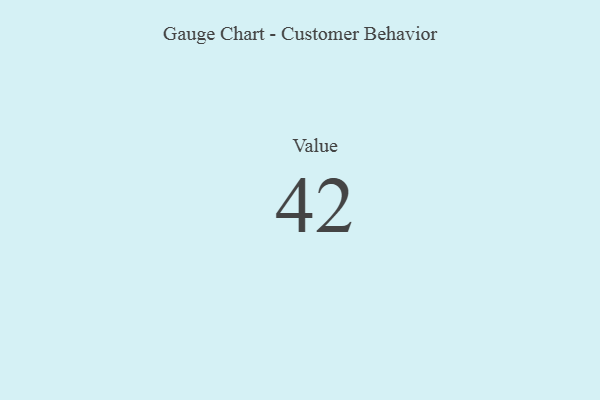
{"axis": {"x": "Metric", "y": "Value"}, "legend": [""], "data": [{"x": "Value", "y": 42, "type": ""}]}